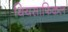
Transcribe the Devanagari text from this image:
थियसाफिकल